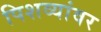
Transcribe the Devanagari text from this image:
पिशव्यांवर